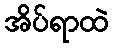
အိပ်ရာထဲ